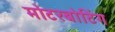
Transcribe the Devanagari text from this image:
मोटरबोटिंग